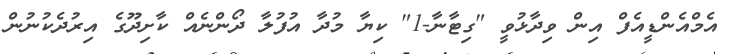
އެމްއެންޑީއެފް އިން ވިދާޅުވީ "ގިޓާނާ-1" ކިޔާ މުދާ އުފުލާ ދޯންނެއް ކާށިދޫގެ އިރުދެކުނުން